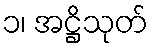
၁၊ အဋ္ဌိသုတ်